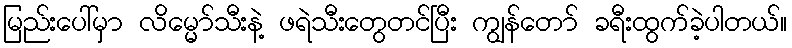
မြည်းပေါ်မှာ လိမ္မော်သီးနဲ့ ဖရဲသီးတွေတင်ပြီး ကျွန်တော် ခရီးထွက်ခဲ့ပါတယ်။